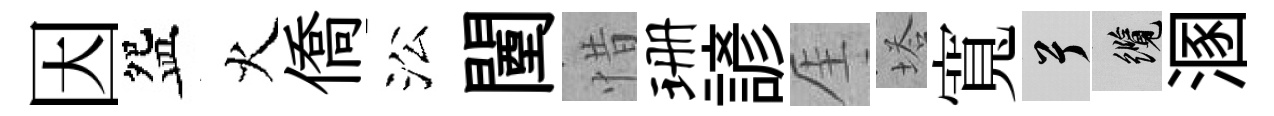
因盌火僑㳂闉惜珊諺厓塔寬兮纜溷